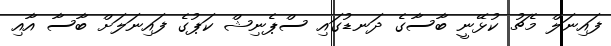
ފައިނަލް މެޗު ކުޅޭނީ ބާސާގެ ދަނޑުގައި ސްޕެނިޝް ކަޕުގެ ފައިނަލަށް ބާސާ އާއި